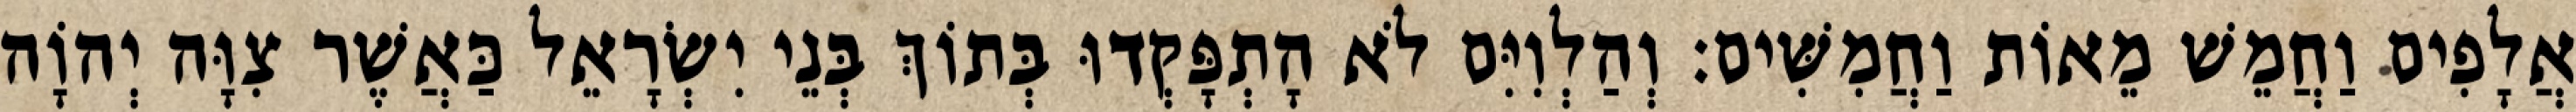
אֲלָפִים וַחֲמֵשׁ מֵאוֹת וַחֲמִשִּׁים׃ וְהַלְוִיִּם לֹא הָתְפָּקְדוּ בְּתוֹךְ בְּנֵי יִשְׂרָאֵל כַּאֲשֶׁר צִוָּה יְהוָֹה